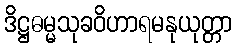
ဒိဋ္ဌဓမ္မသုခဝိဟာရမနုယုတ္တာ